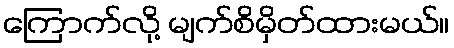
ကြောက်လို့ မျက်စိမှိတ်ထားမယ်။